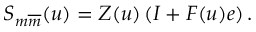
S _ { m \overline { { { m } } } } ( u ) = Z ( u ) \left( I + F ( u ) e \right) .